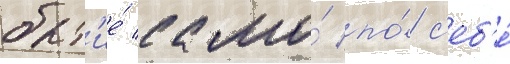
быт'ие́ само́ по́ с'еб'е́